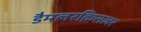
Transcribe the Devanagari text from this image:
डैमलरक्रिसलर